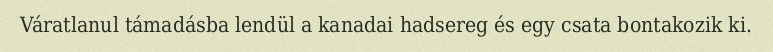
Váratlanul támadásba lendül a kanadai hadsereg és egy csata bontakozik ki.